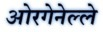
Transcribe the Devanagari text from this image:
ओरगेनेल्ले